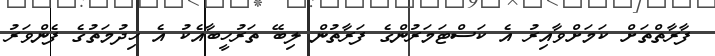
ފާރާތްތަށް ކަމަށްވާއިރު އެ ކަސްޓަމަރުންގެ ފަރާތުން ލިބޭ ތަރުހީބާއެކު އެ ހިދުމަތުގެ ފެންވަރު